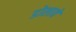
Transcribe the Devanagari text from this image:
डोलावें